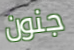
جنون